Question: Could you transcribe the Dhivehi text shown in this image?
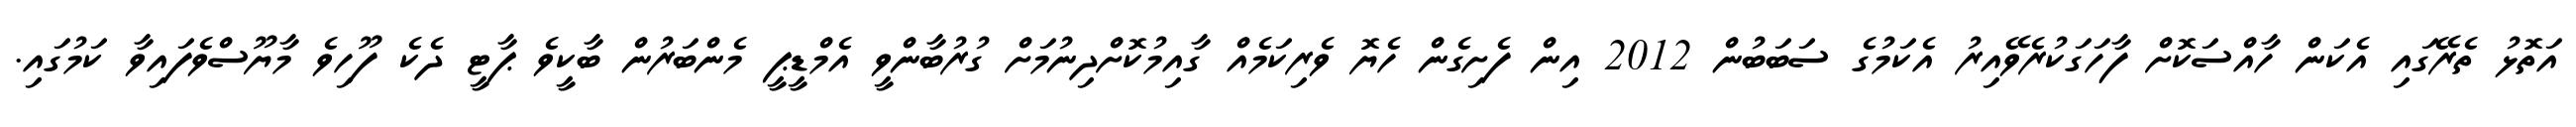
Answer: އަތޮޅު ތެރޭގައި އެކަން ހާއްސަކޮށް ފާހަގަކުރެވޭއިރު އެކަމުގެ ސަބަބުން 2012 އިން ފެށިގެން ހެޔޮ ވެރިކަމެއް ގާއިމުކޮށްދިނުމަށް ގުރުބާންވީ އެމްޑީޕީ މެންބަރުން ބާކީވެ ޕާޓީ ދެކެ ފޫހިވެ މާޔޫސްވެފައިވާ ކަމުގައި.